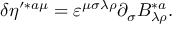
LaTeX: \delta \eta ^ { \prime * a \mu } = \varepsilon ^ { \mu \sigma \lambda \rho } \partial _ { \sigma } B _ { \lambda \rho } ^ { * a } .